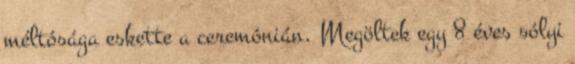
méltósága eskette a ceremónián. Megöltek egy 8 éves sólyi